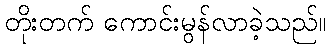
တိုးတက် ကောင်းမွန်လာခဲ့သည်။